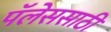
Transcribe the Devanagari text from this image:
पॅलेससाठी